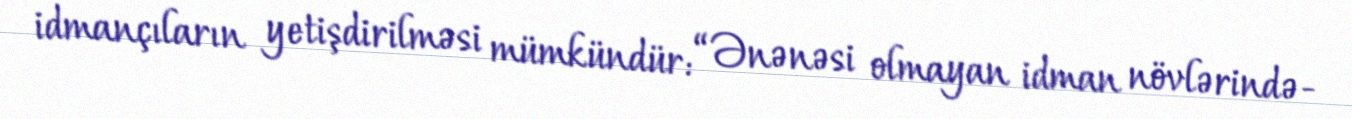
idmançıların yetişdirilməsi mümkündür: “Ənənəsi olmayan idman növlərində-